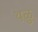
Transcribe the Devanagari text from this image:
थळु